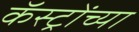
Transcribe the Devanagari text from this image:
कॅस्ट्रोंच्या